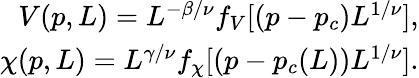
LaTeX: \begin{array}{r}{V(p,L)=L^{-\beta/\nu}f_{V}[(p-p_{c})L^{1/\nu}],}\\ {\chi(p,L)=L^{\gamma/\nu}f_{\chi}[(p-p_{c}(L))L^{1/\nu}].}\end{array}